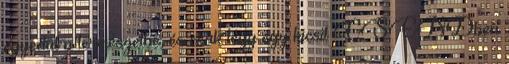
egyedül a természetbe, és csak légy egy kicsit CSENDben